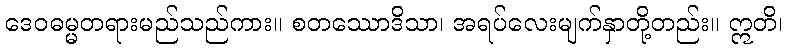
ဒေဝဓမ္မတရားမည်သည်ကား။ စတဿောဒိသာ၊ အရပ်လေးမျက်နှာတို့တည်း။ ဣတိ၊